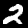
Label: 2